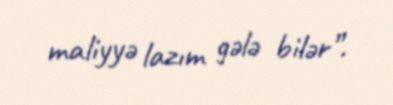
maliyyə lazım gələ bilər”.